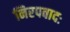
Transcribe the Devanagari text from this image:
निरपवादः